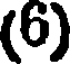
(6)